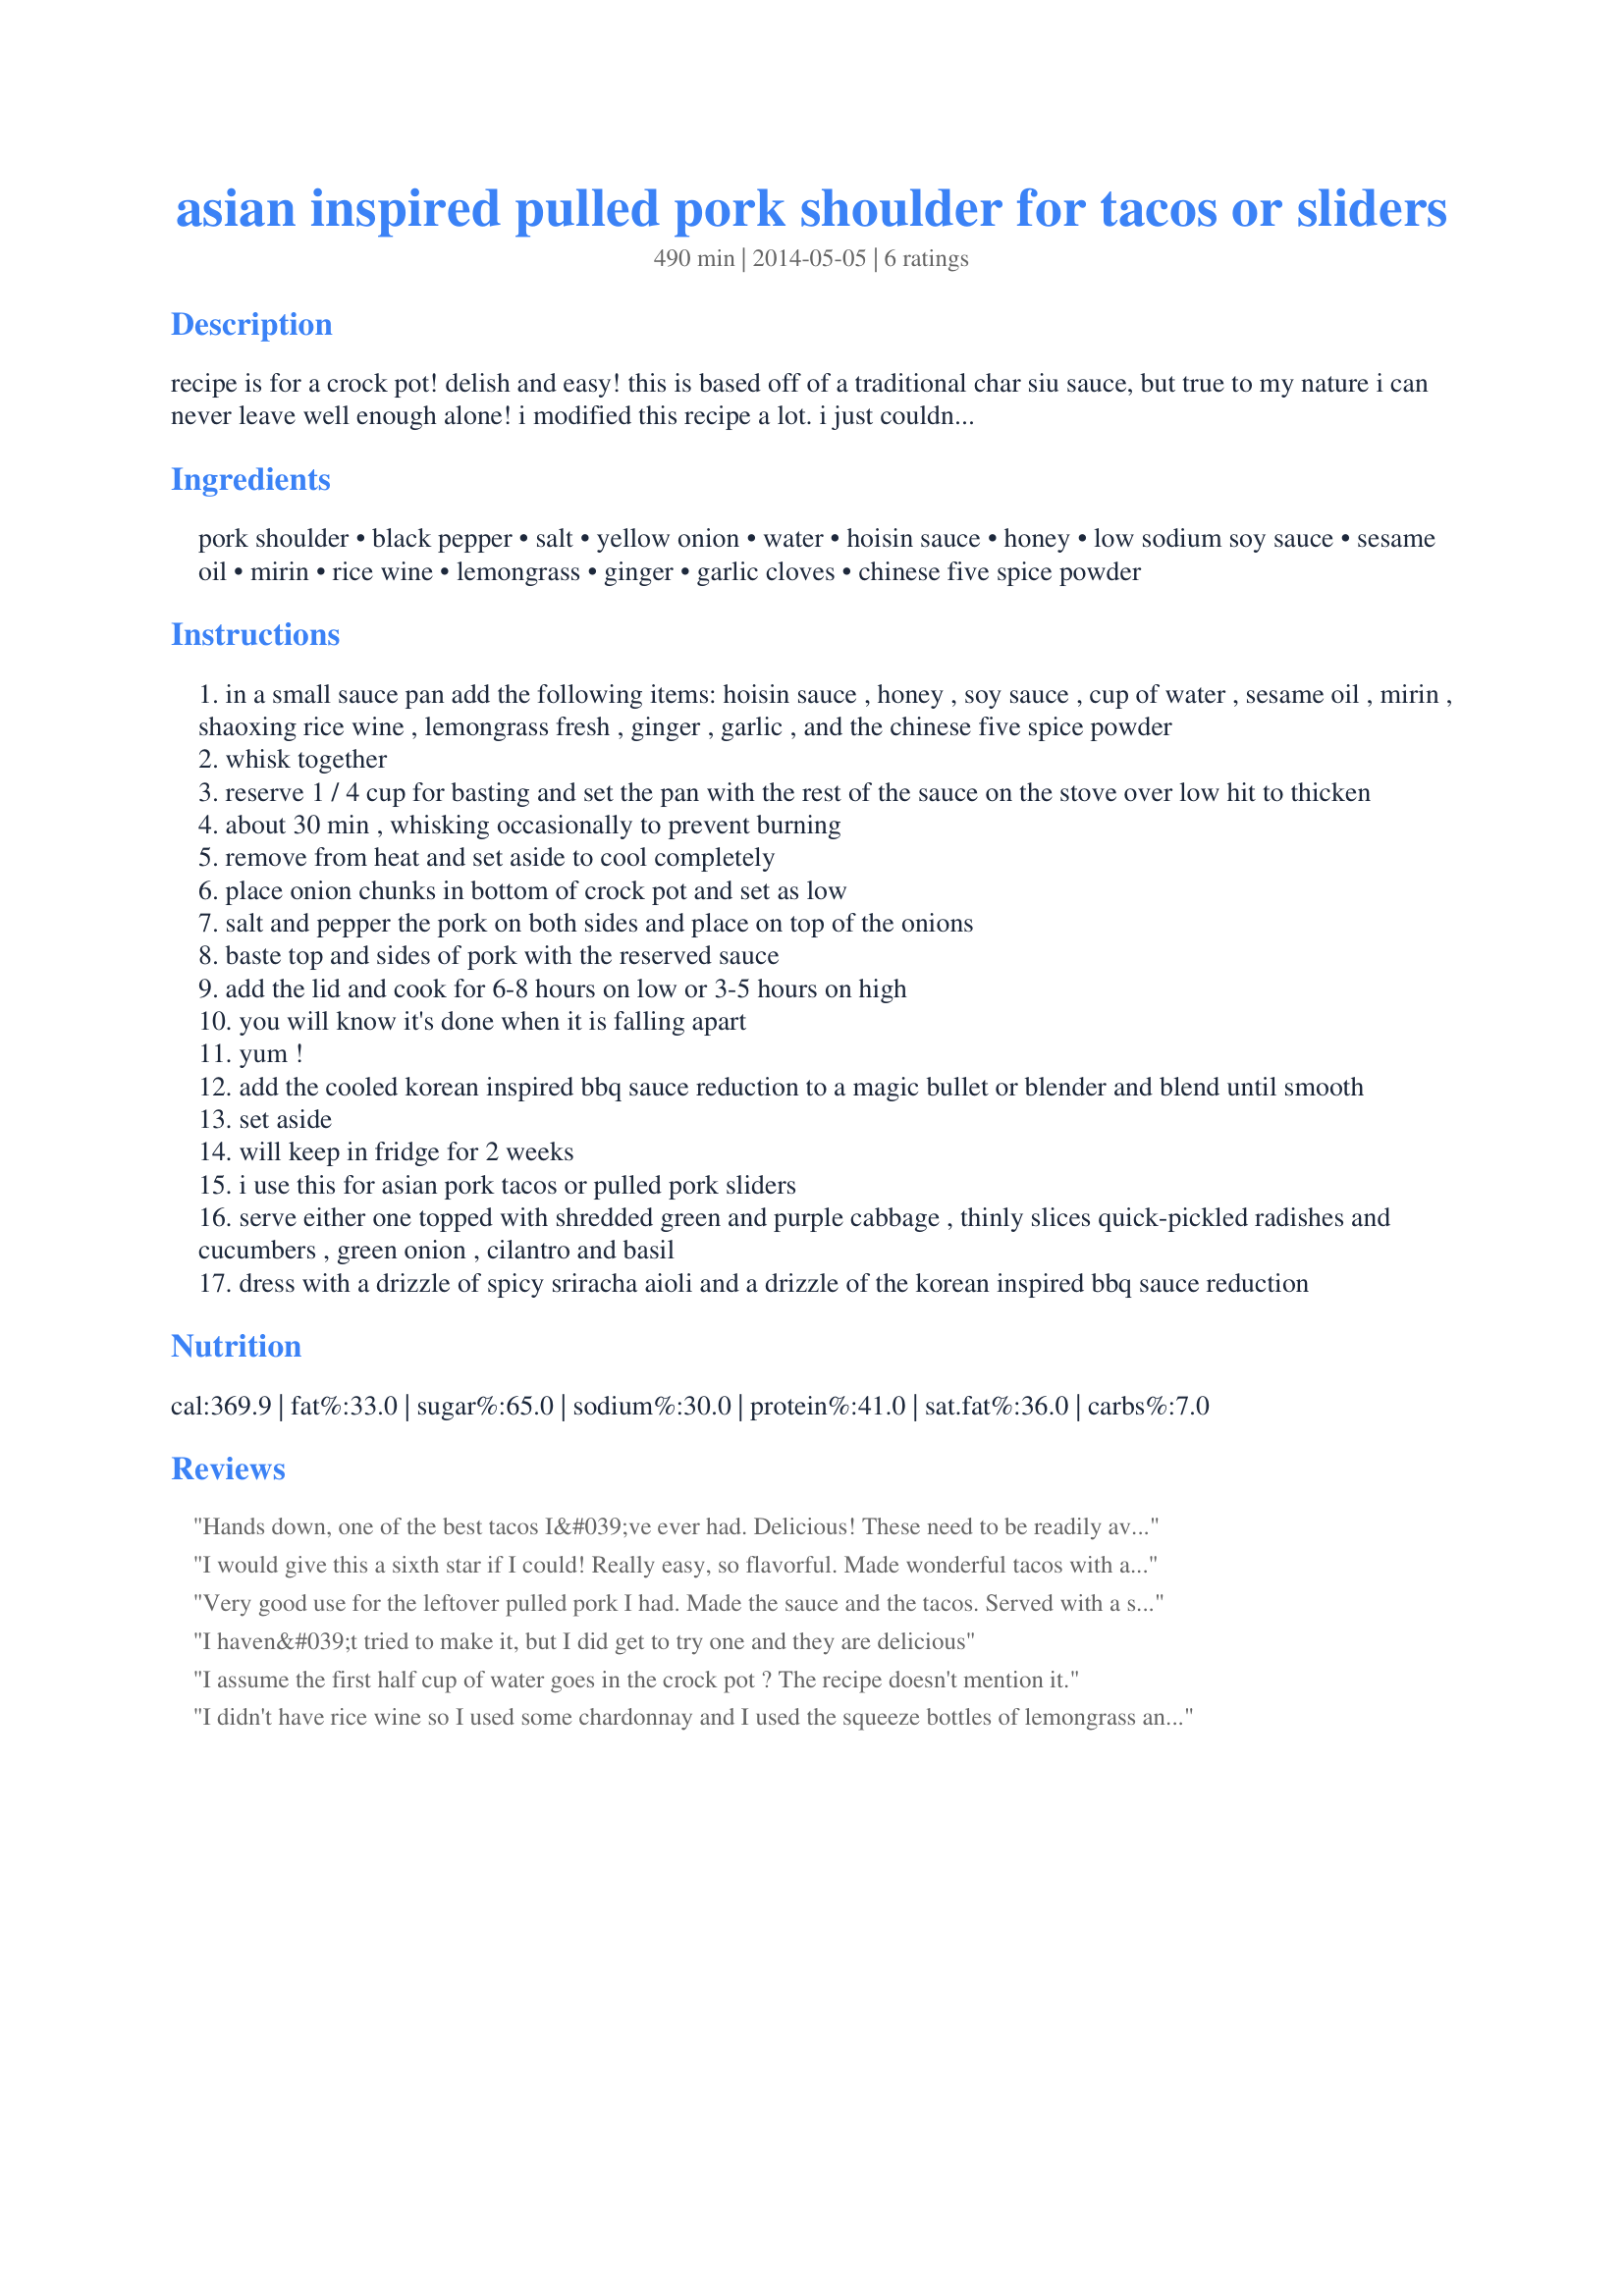
asian inspired pulled pork shoulder for tacos or sliders
Preparation time: 490 minutes

recipe is for a crock pot! delish and easy! this is based off of a traditional char siu sauce, but true to my nature i can never leave well enough alone! i modified this recipe a lot. i just couldn't help myself. also, the meat is usually prepared over fire or roasted, but i really wanted to find a recipe that worked well in a slow cooker and i think i accomplished that by making my mods. hope you like it too! enjoy!

Ingredients:
pork shoulder, black pepper, salt, yellow onion, water, hoisin sauce, honey, low sodium soy sauce, sesame oil, mirin, rice wine, lemongrass, ginger, garlic cloves, chinese five spice powder

Steps:
in a small sauce pan add the following items: hoisin sauce , honey , soy sauce , cup of water , sesame oil , mirin , shaoxing rice wine , lemongrass fresh , ginger , garlic , and the chinese five spice powder
whisk together
reserve 1 / 4 cup for basting and set the pan with the rest of the sauce on the stove over low hit to thicken
about 30 min , whisking occasionally to prevent burning
remove from heat and set aside to cool completely
place onion chunks in bottom of crock pot and set as low
salt and pepper the pork on both sides and place on top of the onions
baste top and sides of pork with the reserved sauce
add the lid and cook for 6-8 hours on low or 3-5 hours on high
you will know it's done when it is falling apart
yum !
add the cooled korean inspired bbq sauce reduction to a magic bullet or blender and blend until smooth
set aside
will keep in fridge for 2 weeks
i use this for asian pork tacos or pulled pork sliders
serve either one topped with shredded green and purple cabbage , thinly slices quick-pickled radishes and cucumbers , green onion , cilantro and basil
dress with a drizzle of spicy sriracha aioli and a drizzle of the korean inspired bbq sauce reduction

Reviews:
Hands down, one of the best tacos I&#039;ve ever had. Delicious! These need to be readily available for those folks that don&#039;t cook, i.e. food truck or restaurant. I will attempt to make them myself:) Thanks for sharing!
I would give this a sixth star if I could! Really easy, so flavorful. Made wonderful tacos with a broccoli slaw, pickled radishes, and sriracha mayo. Making these for family on our beach trip next week. Oh, only change was I used a generic BBQ sauce and molasses in place of the hoisin because I was out. Added a smokey flavor that was really wonderful.
Very good use for the leftover pulled pork I had. Made the sauce and the tacos. Served with a salad.
I haven&#039;t tried to make it, but I did get to try one and they are delicious
I assume the first half cup of water goes in the crock pot ? The recipe doesn't mention it.
I didn't have rice wine so I used some chardonnay and I used the squeeze bottles of lemongrass and ginger since I didn't have fresh on hand, but otherwise I followed the recipe list exactly as written. I didn't baste my pork in the sauce during slow cooking because my pork had a nice layer of fat and I knew the sauce would get lost. However, as soon as I shredded the pork I added a generous 1/2 - 3/4 cup of sauce and kept warm while the rest of the sauce was thickening. I served the pork on grilled corn tortillas with red cabbage, savoy cabbage, sliced radishes and green onion. We drizzled siracha mayo and more sauce on top. What a fantastic recipe!!
